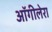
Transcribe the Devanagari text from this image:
ऑगीलेरा